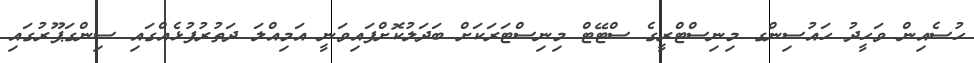
ހުސެއިން ވަހީދު ހައުސިންގ މިނިސްޓްރީގެ ސްޓޭޓް މިނިސްޓަރަކަށް ބަދަލުކޮށްފައިވަނީ އަމިއްލަ ދަތުރުފުޅެއްގައި ސިންގަޕޫރުގައި